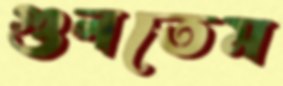
গুলতেম